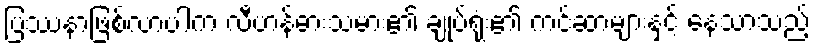
ပြဿနာဖြစ်လာပါက လီဟန်ဓားသမား၏ ချုပ်ရုံး၏ ကင်ဆာများနှင့် နေသာသည့်